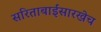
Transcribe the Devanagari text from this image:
सरिताबाईंसारखेच